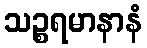
သဉ္စရမာနာနံ